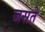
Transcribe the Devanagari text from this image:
जसते